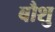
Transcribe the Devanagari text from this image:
बौशु